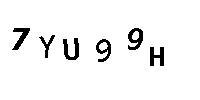
7YU99H